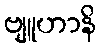
ဗျူဟာနိ